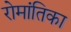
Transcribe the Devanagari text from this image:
रोमांतिका